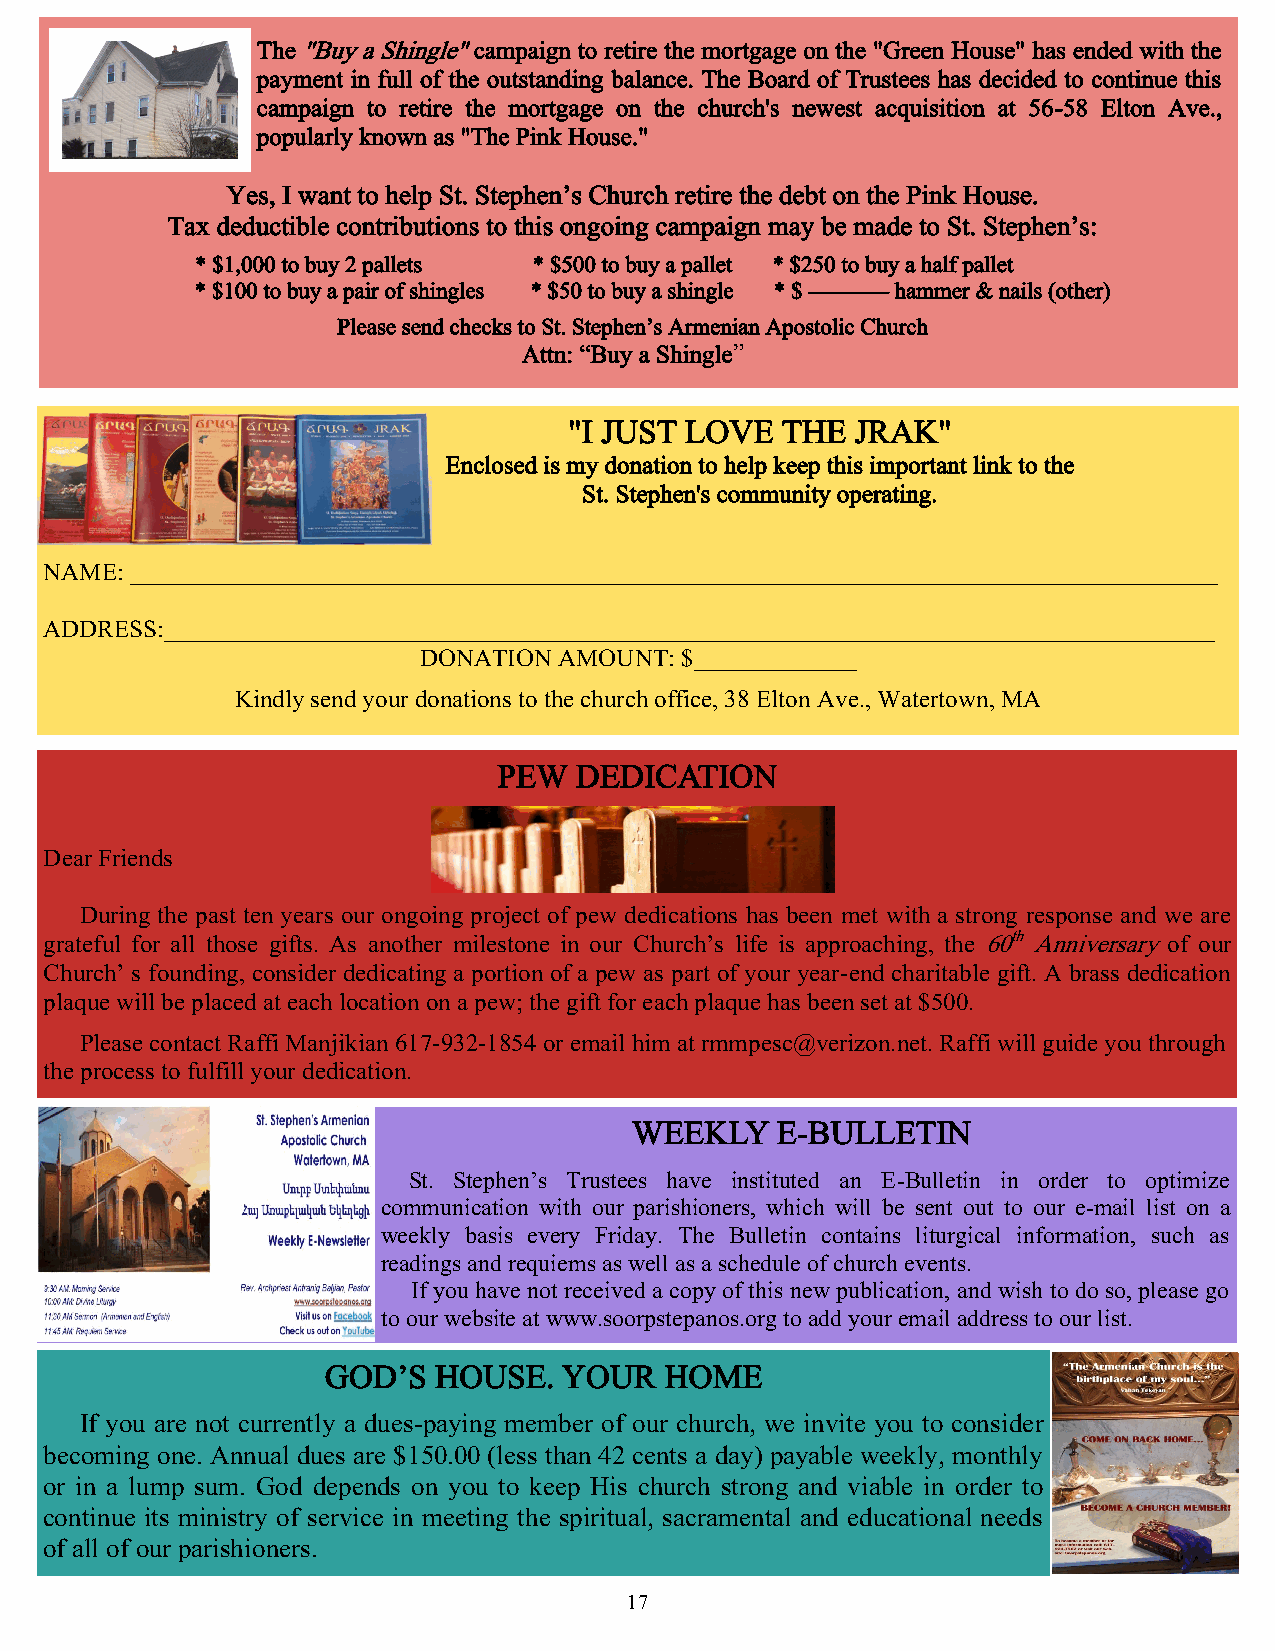
The "Buy a Shingle" campaign to retire the mortgage on the "Green House" has ended with the
 payment in full of the outstanding balance. The Board of Trustees has decided to continue this
 campaign to retire the mortgage on the church's newest acquisition at 56-58 Elton Ave.,
 popularly known as "The Pink House."
 Yes, I want to help St. Stephen’s Church retire the debt on the Pink House.
 Tax deductible contributions to this ongoing campaign may be made to St. Stephen’s:
 * $1,000 to buy 2 pallets * $500 to buy a pallet * $250 to buy a half pallet
 * $100 to buy a pair of shingles * $50 to buy a shingle * $ —–—— hammer & nails (other)
 Please send checks to St. Stephen’s Armenian Apostolic Church
 Attn: “Buy a Shingle”
 "I JUST LOVE  THE  JRAK"
 Enclosed is my donation to help keep this important link to the
 St. Stephen's community operating.
 NAME: _______________________________________________________________________________________
 ADDRESS:____________________________________________________________________________________
 DONATION AMOUNT: $_____________
 Kindly send your donations to the church office, 38 Elton Ave., Watertown, MA
 PEW  DEDICATION
 Dear Friends
 During the past ten years our ongoing project of pew dedications has been met with a strong response and we are
 grateful for all those gifts. As another milestone in our Church’s life is approaching, the 60th Anniversary of our
 Church’ s founding, consider dedicating a portion of a pew as part of your year-end charitable gift. A brass dedication
 plaque will be placed at each location on a pew; the gift for each plaque has been set at $500.
 Please contact Raffi Manjikian 617-932-1854 or email him at rmmpesc@verizon.net. Raffi will guide you through
 the process to fulfill your dedication.
 WEEKLY   E-BULLETIN
 St. Stephen’s Trustees have instituted an E-Bulletin in order to optimize
 communication with our parishioners, which will be sent out to our e-mail list on a
 weekly basis every Friday. The Bulletin contains liturgical information, such as
 readings and requiems as well as a schedule of church events.
 If you have not received a copy of this new publication, and wish to do so, please go
 to our website at www.soorpstepanos.org to add your email address to our list.
 GOD’S  HOUSE.  YOUR   HOME
 If you are not currently a dues-paying member of our church, we invite you to consider
 becoming one. Annual dues are $150.00 (less than 42 cents a day) payable weekly, monthly
 or in a lump sum. God depends on you to keep His church strong and viable in order to
 continue its ministry of service in meeting the spiritual, sacramental and educational needs
 of all of our parishioners.
 17